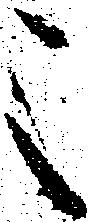
之